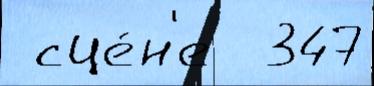
 сце́н'е  347